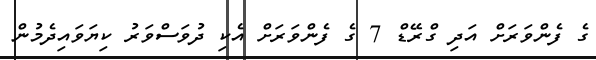
ގެ ފެންވަރަށް އަދި ގްރޭޑް 7 ގެ ފެންވަރަށް އެކި ދުވަސްވަރު ކިޔަވައިދެމުން